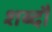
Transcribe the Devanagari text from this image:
शब्दौ